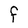
Character: F